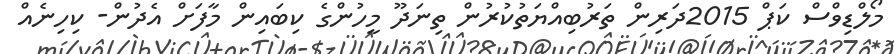
މޯލްޑިވްސް ކަޕް 2015ދަރިން ތަރުބިއްޔަތުކުރުން ތިނަދޫ މީހުންގެ ކިބައިން މާފަށް އެދުން- ކިހިނެއް